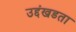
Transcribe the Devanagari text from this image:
उद्दंखडता